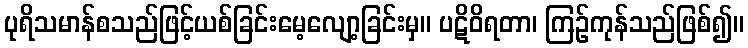
ပုရိသမာန်စသည်ဖြင့်ယစ်ခြင်းမေ့လျော့ခြင်းမှ။ ပဋိဝိရတာ၊ ကြဉ်ကုန်သည်ဖြစ်၍။